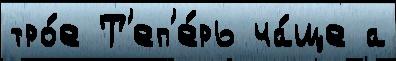
тро́е Т'еп'е́рь ча́ще а